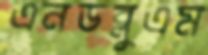
এনডব্লুএম